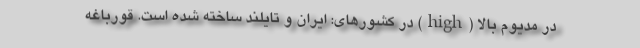
در مدیوم بالا (high) در کشورهای: ایران و تایلند ساخته شده است. قورباغه